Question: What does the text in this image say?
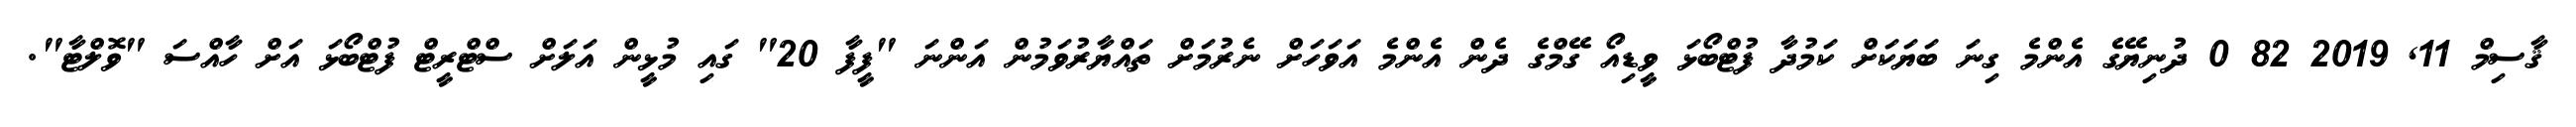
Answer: ޤާސިމް 11, 2019 82 0 ދުނިޔޭގެ އެންމެ ގިނަ ބަޔަކަށް ކަމުދާ ފުޓްބޯޅަ ވީޑިއޯ ގޭމްގެ ދެން އެންމެ އަވަހަށް ނެރުމަށް ތައްޔާރުވަމުން އަންނަ "ފީފާ 20" ގައި މުޅީން އަލަށް ސްޓްރީޓް ފުޓްބޯޅަ އަށް ހާއްސަ "ވޮލްޓާ".